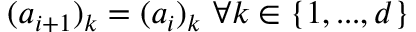
( \boldsymbol { a } _ { i + 1 } ) _ { k } = ( \boldsymbol { a } _ { i } ) _ { k } \mathrm { ~ } \forall k \in \{ 1 , . . . , d \}